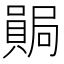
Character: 𫬊